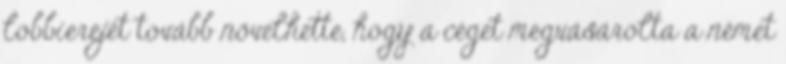
lobbierejét tovább növelhette, hogy a céget megvásárolta a német